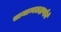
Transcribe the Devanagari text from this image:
सामान्यलक्षणोंमें